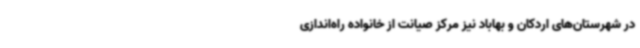
در شهرستان‌های اردکان و بهاباد نیز مرکز صیانت از خانواده راه‌اندازی